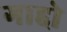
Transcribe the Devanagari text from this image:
गाद्दो